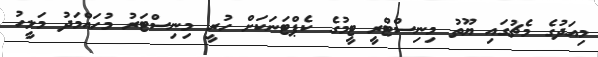
މިއަދުގެ މެޗުގައި ޔޫތު މިނިސްޓްރީ ޓީމުގެ ކެޕްޓަނަކަށް ހުރީ މިނިސްޓަރު މުހައްމަދު މަލީހު